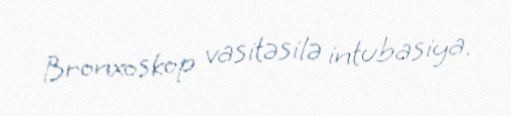
Bronxoskop vasitəsilə intubasiya.